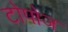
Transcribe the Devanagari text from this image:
टोपोज